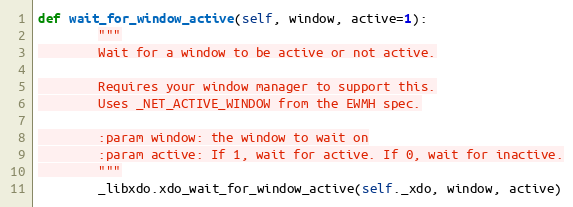
Language: Python
def wait_for_window_active(self, window, active=1):
        """
        Wait for a window to be active or not active.

        Requires your window manager to support this.
        Uses _NET_ACTIVE_WINDOW from the EWMH spec.

        :param window: the window to wait on
        :param active: If 1, wait for active. If 0, wait for inactive.
        """
        _libxdo.xdo_wait_for_window_active(self._xdo, window, active)